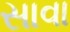
સાવા